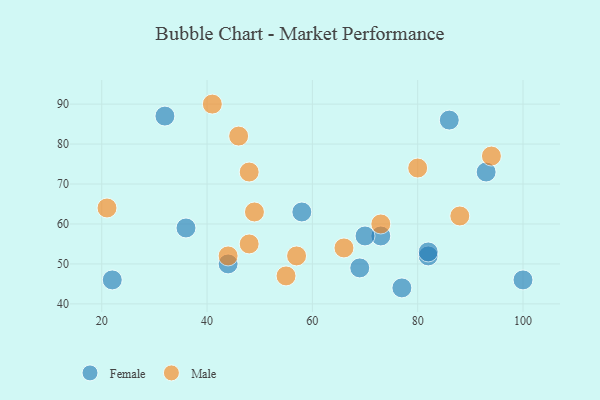
{"axis": {"x": "GDP", "y": "Life Expectancy"}, "legend": ["Female", "Male"], "data": [{"x": "93", "y": 73, "type": "Female"}, {"x": "44", "y": 50, "type": "Female"}, {"x": "73", "y": 57, "type": "Female"}, {"x": "77", "y": 44, "type": "Female"}, {"x": "58", "y": 63, "type": "Female"}, {"x": "32", "y": 87, "type": "Female"}, {"x": "69", "y": 49, "type": "Female"}, {"x": "100", "y": 46, "type": "Female"}, {"x": "22", "y": 46, "type": "Female"}, {"x": "70", "y": 57, "type": "Female"}, {"x": "82", "y": 52, "type": "Female"}, {"x": "86", "y": 86, "type": "Female"}, {"x": "36", "y": 59, "type": "Female"}, {"x": "82", "y": 53, "type": "Female"}, {"x": "55", "y": 47, "type": "Male"}, {"x": "21", "y": 64, "type": "Male"}, {"x": "57", "y": 52, "type": "Male"}, {"x": "73", "y": 60, "type": "Male"}, {"x": "94", "y": 77, "type": "Male"}, {"x": "48", "y": 55, "type": "Male"}, {"x": "66", "y": 54, "type": "Male"}, {"x": "88", "y": 62, "type": "Male"}, {"x": "80", "y": 74, "type": "Male"}, {"x": "46", "y": 82, "type": "Male"}, {"x": "49", "y": 63, "type": "Male"}, {"x": "44", "y": 52, "type": "Male"}, {"x": "48", "y": 73, "type": "Male"}, {"x": "41", "y": 90, "type": "Male"}]}